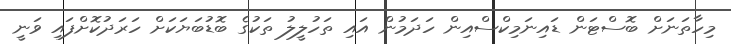
މިހާތަނަށް ބޮސްޓަން ޑައިނަމިކްސްއިން ހަދަމުން އައި ތަހުލީލު ތަކުގެ ބޮޑުބަޔަކަށް ހަރަދުކޮށްފައި ވަނީ